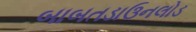
બાબતડાઉનલોડ